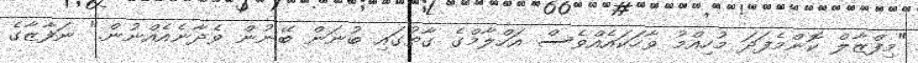
"މިފްޒާލް ކޮންމެފަދަ މުހިއްމު ވާހަކައެއްވެސް އަހްލާމްގެ ގާތުގައި ބުނަން ބޭނުން ވެދާނެއެއްނުން." ނަފާޒާގެ